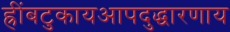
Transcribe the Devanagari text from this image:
ह्रींबटुकायआपदुद्धारणाय